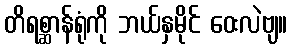
တိရစ္ဆာန်ရုံကို ဘယ်နှမိုင် ဝေးလဲဗျ။